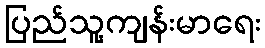
ပြည်သူ့ကျန်းမာရေး